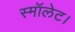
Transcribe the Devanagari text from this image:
स्मॉलेट।